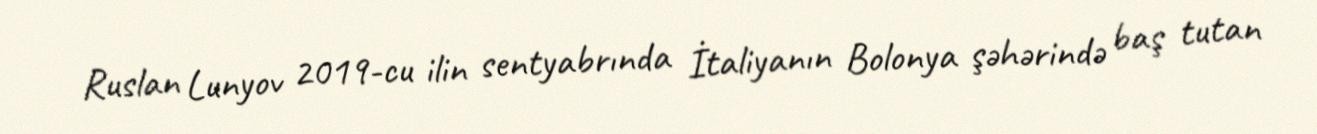
Ruslan Lunyov 2019-cu ilin sentyabrında İtaliyanın Bolonya şəhərində baş tutan